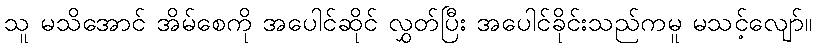
သူ မသိအောင် အိမ်စေကို အပေါင်ဆိုင် လွှတ်ပြီး အပေါင်ခိုင်းသည်ကမူ မသင့်လျော်။